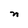
Character: n